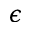
\epsilon